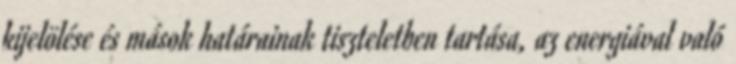
kijelölése és mások határainak tiszteletben tartása, az energiával való